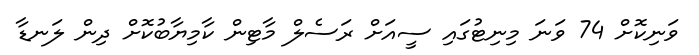
ވަނިކޮށް 74 ވަނަ މިނިޓުގައި ސީއަށް ރަސެލް މާޓިން ކާމިޔާބުކޮށް ދިން ލަނޑާ